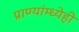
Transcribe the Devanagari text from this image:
प्राण्यांम्ध्येही